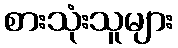
စားသုံးသူများ